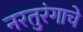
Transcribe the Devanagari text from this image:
नरतुरंगाचे